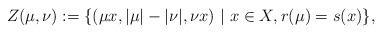
LaTeX: \begin{align*}Z(\mu,\nu) := \{(\mu x, |\mu| - |\nu|, \nu x) \ \vert \ x \in X, r(\mu)= s(x)\},\end{align*}